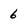
Character: 6